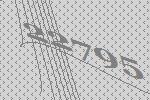
22795